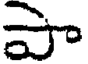
పా